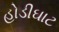
હોડીઘાટ